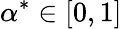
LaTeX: \alpha^{*}\in[0,1]